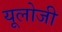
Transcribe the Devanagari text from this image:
यूलोजी